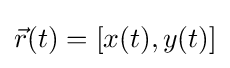
{\vec {r}}(t)=[x(t),y(t)]